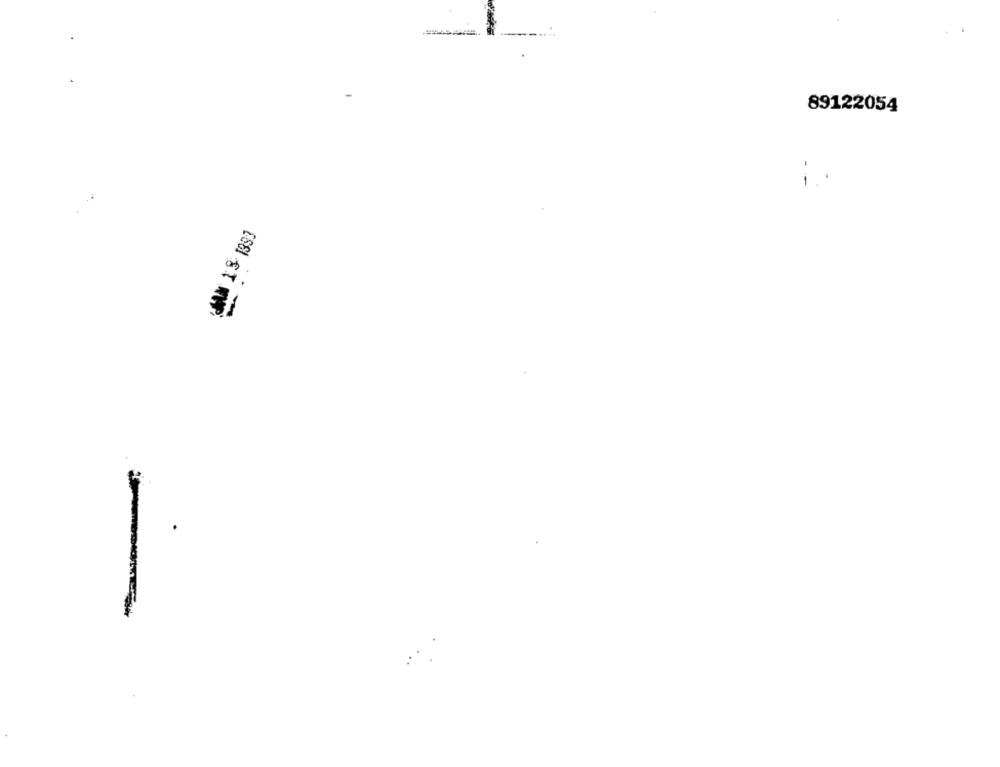
89122054